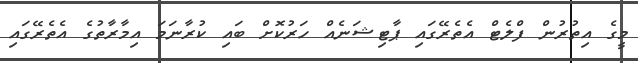
މީގެ އިތުރުން ފްލެޓް އެތެރޭގައި ޕާޓިޝަނެއް ހަރުކޮށް ބައި ކުރާނަމަ އިމާރާތުގެ އެތެރޭގައި